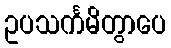
ဥပသင်္ကမိတွာပေ